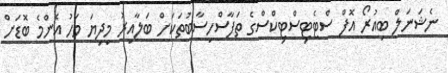
ނެޝަނަލް ބިއުރޯ އޮފް ސްޓެޓިސްޓިކްސްގެ ތަފާސްހިސާބުތަކަށް ބަލާއިރު މިދިޔަ މަހު އެންމެ ބޮޑަށް